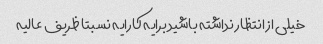
خیلی از انتظار نداشته باشید برایه کارایه نسبتا ظریف عالیه